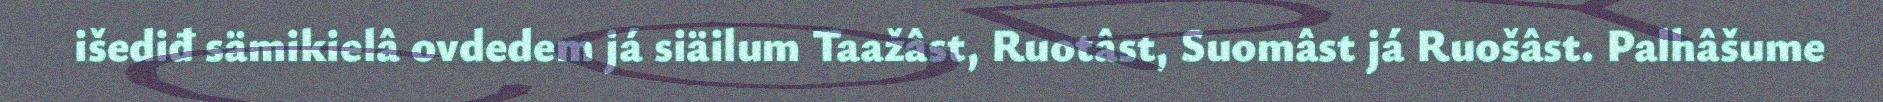
išediđ sämikielâ ovdedem já siäilum Taažâst, Ruotâst, Suomâst já Ruošâst. Palhâšume